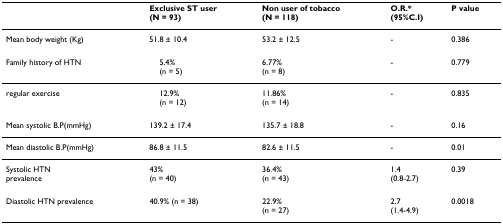
<table><thead><tr><td></td><td><b>Exclusive ST user(N = 93)</b></td><td><b>Non user of tobacco(N = 118)</b></td><td><b>O.R.*(95%C.I)</b></td><td><b>P value</b></td></tr></thead><tbody><tr><td>Mean body weight (Kg)</td><td>51.8 ± 10.4</td><td>53.2 ± 12.5</td><td>-</td><td>0.386</td></tr><tr><td>Family history of HTN</td><td> 5.4%(n = 5)</td><td>6.77%(n = 8)</td><td>-</td><td>0.779</td></tr><tr><td>regular exercise</td><td> 12.9%(n = 12)</td><td>11.86%(n = 14)</td><td>-</td><td>0.835</td></tr><tr><td>Mean systolic B.P(mmHg)</td><td>139.2 ± 17.4</td><td>135.7 ± 18.8</td><td>-</td><td>0.16</td></tr><tr><td>Mean diastolic B.P(mmHg)</td><td>86.8 ± 11.5</td><td>82.6 ± 11.5</td><td>-</td><td>0.01</td></tr><tr><td>Systolic HTNprevalence</td><td>43%(n = 40)</td><td>36.4%(n = 43)</td><td>1.4(0.8-2.7)</td><td>0.39</td></tr><tr><td>Diastolic HTN prevalence</td><td>40.9% (n = 38)</td><td>22.9%(n = 27)</td><td>2.7(1.4-4.9)</td><td>0.0018</td></tr></tbody></table>